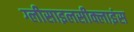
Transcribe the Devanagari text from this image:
ग्लीसाइलसीक्लाइंस